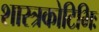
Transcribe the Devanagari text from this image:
शास्त्रकोटिभिः